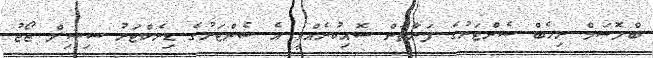
ބްލޮސަމް ރިހެބް ސެންޓަރުގެ ފަރާތުން ސޮއިކުރެއްވީ އެ ސެންޓަރުގެ ޑިރެކްޓަރު ސިސިލް ޖޯޖު